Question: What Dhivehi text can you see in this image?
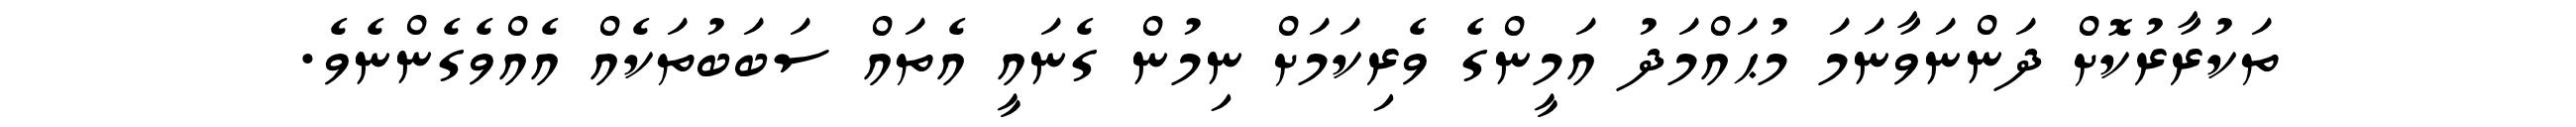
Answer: ތަކުރާރުކޮށް ދަންނަވާނަމަ މުޙައްމަދު އަމީންގެ ވެރިކަމަށް ނިމުން ގެނައީ އެތައް ސަބަބުތަކެއް އެއްވެގެންނެވެ.